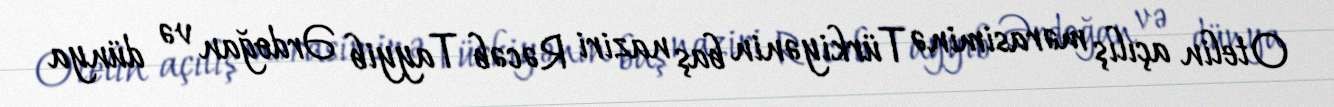
Otelin açılış mərasiminə Türkiyənin baş naziri Rəcəb Tayyib Ərdoğan və dünya